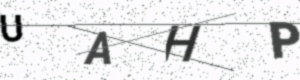
Text: UAHP